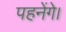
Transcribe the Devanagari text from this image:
पहनेंगे।